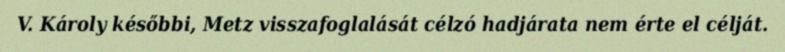
V. Károly későbbi, Metz visszafoglalását célzó hadjárata nem érte el célját.